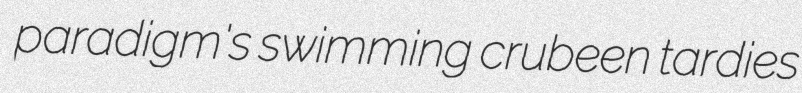
paradigm's swimming crubeen tardies